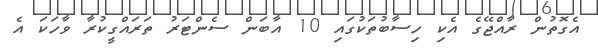
އެގޮތުން ރާއްޖޭގެ އެކި ހިސާބުތަކުގައި 10 އާބަން ސެންޓަރު ތަރައްގީކުރާ ވާހަކަ އެ